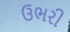
ઉભરી